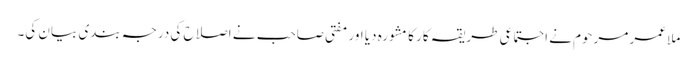
ملا عمر مرحوم نے اجتماعی طریقہ کار کا مشورہ دیا اور مفتی صاحب نے اصلاح کی درجہ بندی بیان کی۔